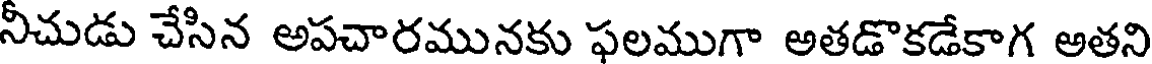
నీచుడు చేసిన అపచారమునకు ఫలముగా అతడొకడేకాగ అతని